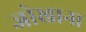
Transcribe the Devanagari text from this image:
जोखाना